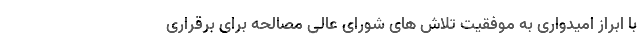
با ابراز امیدواری به موفقیت تلاش های شورای عالی مصالحه برای برقراری